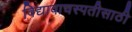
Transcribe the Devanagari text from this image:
विद्यावाचस्पतीसाठी